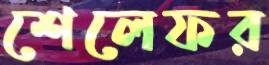
শেলেফর